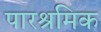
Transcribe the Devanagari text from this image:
पारश्रमिक